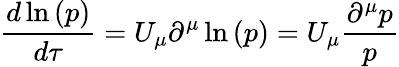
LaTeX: \frac{d{\, \ln{(p)}}}{d\tau}=U_{\mu}\partial^{\mu}\ln{(p)}=U_{\mu}\frac{\partial^{\mu}p}{p}